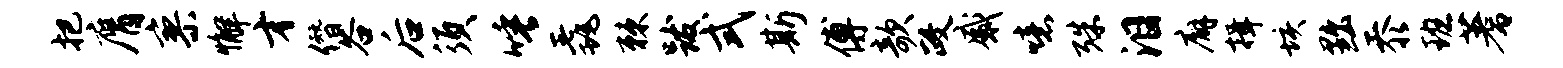
把膺寥懈才僭谷后须唾毳棘跋式斯傅欹政感噫殊泪廨揖垓黜忝班蓍